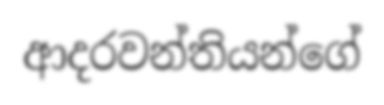
ආදරවන්තියන්ගේ